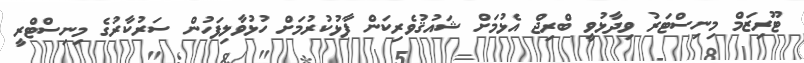
ޓޫރިޒަމް މިނިސްޓަރު ވިދާޅުވީ ބްރިޖް އެޅުމަށް ޝައުޤުވެރިކަން ފާޅުކުރުމަށް ހުޅުވާލިފަހުން ސަރުކާރުގެ މިނިސްޓްރީ